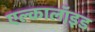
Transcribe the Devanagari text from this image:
एल्कालॉइड